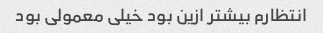
انتظارم بیشتر ازین بود خیلی معمولی بود